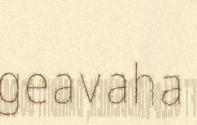
geavaha